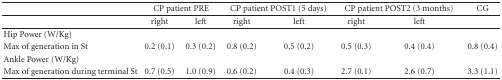
<table><thead><tr><td></td><td colspan="2"><b>CP patient PRE</b></td><td colspan="2"><b>CP patient POST1 (5 days)</b></td><td colspan="2"><b>CP patient POST2 (3 months)</b></td><td><b>CG</b></td></tr><tr><td></td><td><b>right</b></td><td><b>left</b></td><td><b>right</b></td><td><b>left</b></td><td><b>right</b></td><td><b>left</b></td><td></td></tr></thead><tbody><tr><td>Hip Power (W/Kg)</td><td></td><td></td><td></td><td></td><td></td><td></td><td></td></tr><tr><td>Max of generation in St</td><td>0.2 (0.1)</td><td>0.3 (0.2)</td><td>0.8 (0.2)</td><td>0.5 (0.2)</td><td>0.5 (0.3)</td><td>0.4 (0.4)</td><td>0.8 (0.4)</td></tr><tr><td>Ankle Power (W/Kg)</td><td></td><td></td><td></td><td></td><td></td><td></td><td></td></tr><tr><td>Max of generation during terminal St</td><td>0.7 (0.5)</td><td>1.0 (0.9)</td><td>0.6 (0.2)</td><td>0.4 (0.3)</td><td>2.7 (0.1)</td><td>2.6 (0.7)</td><td>3.3 (1.1)</td></tr></tbody></table>